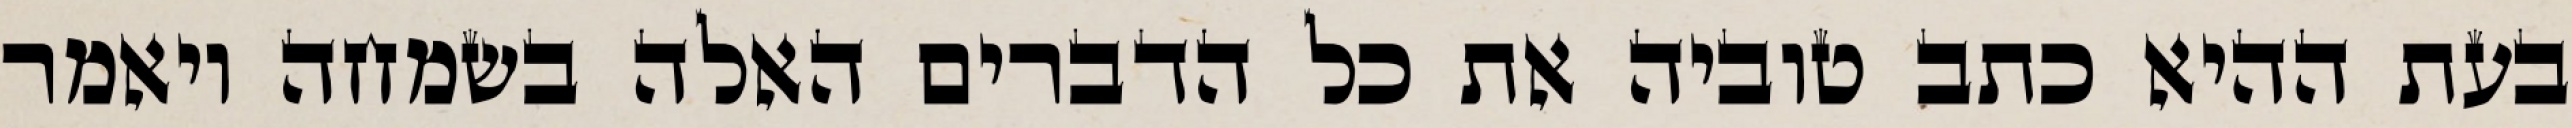
בעת ההיא כתב טוביה את כל הדברים האלה בשמחה ויאמר